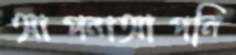
আপনাআপনি